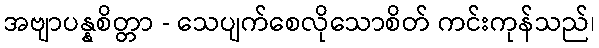
အဗျာပန္နစိတ္တာ - သေပျက်စေလိုသောစိတ် ကင်းကုန်သည်၊